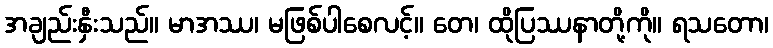
အချည်းနှီးသည်။ မာအဿ၊ မဖြစ်ပါစေလင့်။ တေ၊ ထိုပြဿနာတို့ကို။ ရသတော၊